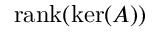
\operatorname { r a n k } ( \ker ( A ) )